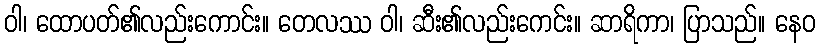
ဝါ၊ ထောပတ်၏လည်းကောင်း။ တေလဿ ဝါ၊ ဆီး၏လည်းကေင်း။ ဆာရိကာ၊ ပြာသည်။ နေဝ